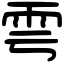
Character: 雩